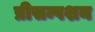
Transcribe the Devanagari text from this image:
प्रीसम्पशन